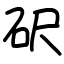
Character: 𥐮